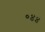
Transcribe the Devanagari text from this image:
०४४